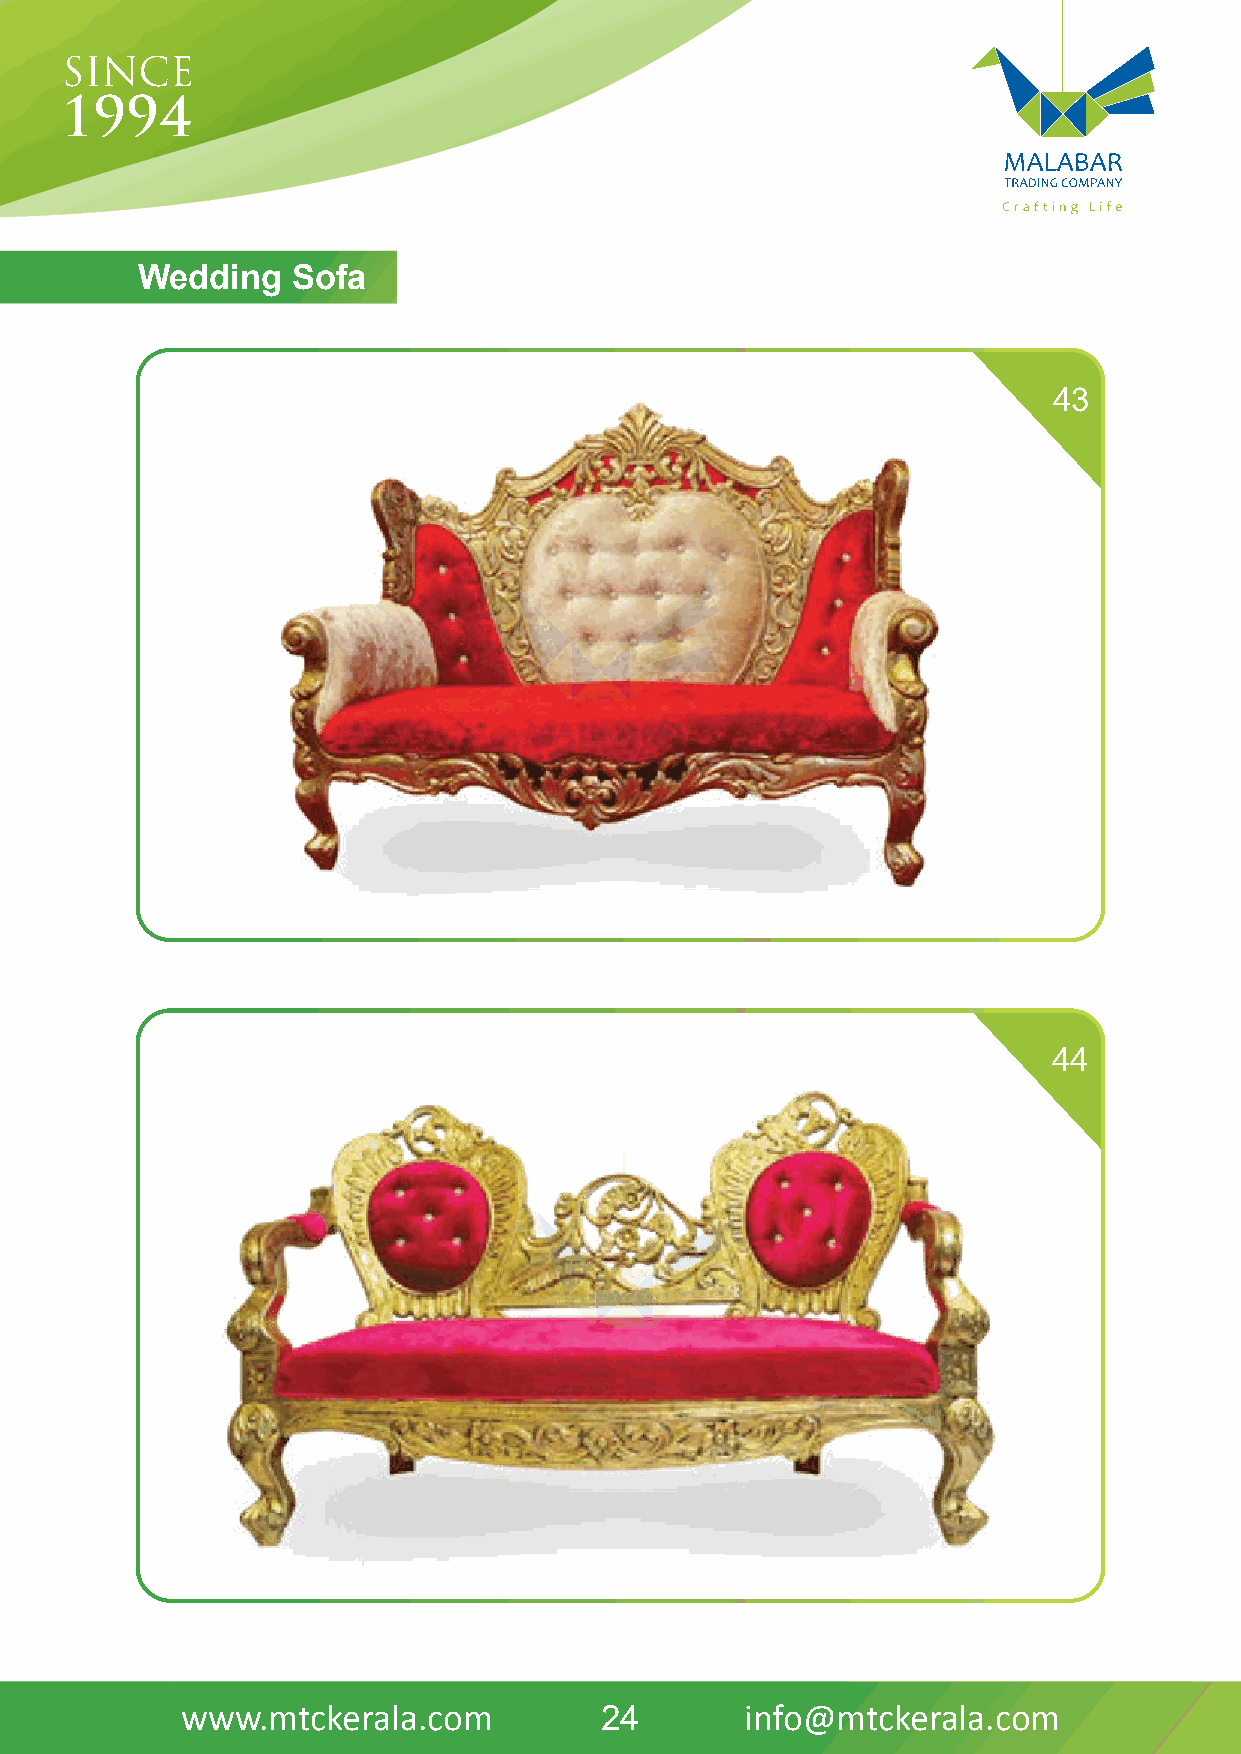
Wedding   Sofa
 43
 44
 www.mtckerala.com           24       info@mtckerala.com